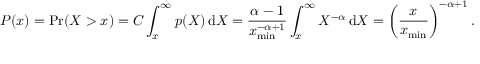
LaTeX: P ( x ) = \operatorname* { P r } ( X > x ) = C \int _ { x } ^ { \infty } p ( X ) \, \mathrm { d } X = { \frac { \alpha - 1 } { x _ { \operatorname* { m i n } } ^ { - \alpha + 1 } } } \int _ { x } ^ { \infty } X ^ { - \alpha } \, \mathrm { d } X = \left( { \frac { x } { x _ { \operatorname* { m i n } } } } \right) ^ { - \alpha + 1 } .